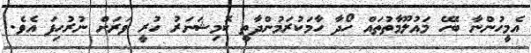
އެމީހުންނާ ބެހޭ މައުލޫމާތުތައް ހޯދާ ހާމަކުރަމުންދާތީ ކޮމިޝަނަރު ހުރީ ވަރަށް ނުރުހިފަ އެވެ.